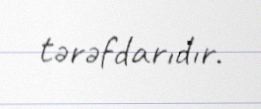
tərəfdarıdır.